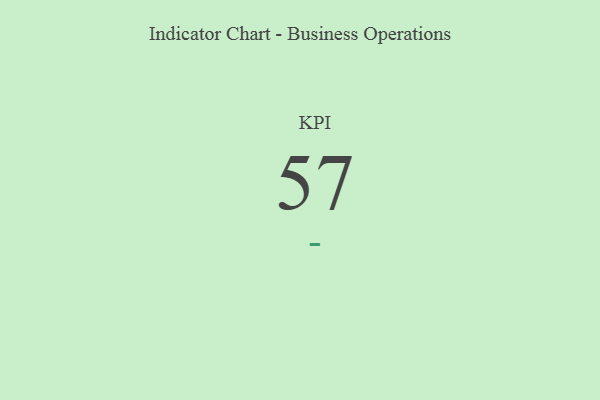
{"axis": {"x": "KPI", "y": "Value"}, "legend": [""], "data": [{"x": "KPI", "y": 57, "type": ""}]}